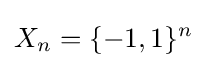
X_{n}=\{-1,1\}^{n}